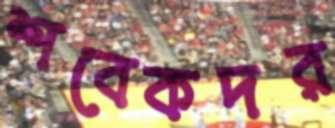
শবেকদর